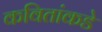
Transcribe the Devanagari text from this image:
कवितांकडे